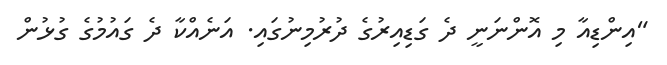
"އިންޑިއާ މި އޮންނަނީ ދެ ގަޑިއިރުގެ ދުރުމިނުގައި. އަނެއްކާ ދެ ގައުމުގެ ގުޅުން